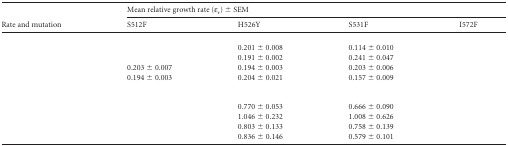
<table><thead><tr><td rowspan="2"><b>Rate and mutation</b></td><td colspan="4"><b>Mean relative growth rate (ε<sub>r</sub>) ± SEM</b></td></tr><tr><td><b>S512F</b></td><td><b>H526Y</b></td><td><b>S531F</b></td><td><b>I572F</b></td></tr></thead><tbody><tr><td>[EMPTY_CELL]</td><td>[EMPTY_CELL]</td><td>[EMPTY_CELL]</td><td>[EMPTY_CELL]</td><td>[EMPTY_CELL]</td></tr><tr><td>[EMPTY_CELL]</td><td>[EMPTY_CELL]</td><td>0.201 ± 0.008</td><td>0.114 ± 0.010</td><td>[EMPTY_CELL]</td></tr><tr><td>[EMPTY_CELL]</td><td>[EMPTY_CELL]</td><td>0.191 ± 0.002</td><td>0.241 ± 0.047</td><td>[EMPTY_CELL]</td></tr><tr><td>[EMPTY_CELL]</td><td>0.203 ± 0.007</td><td>0.194 ± 0.003</td><td>0.203 ± 0.006</td><td>[EMPTY_CELL]</td></tr><tr><td>[EMPTY_CELL]</td><td>0.194 ± 0.003</td><td>0.204 ± 0.021</td><td>0.157 ± 0.009</td><td>[EMPTY_CELL]</td></tr><tr><td>[EMPTY_CELL]</td><td>[EMPTY_CELL]</td><td>[EMPTY_CELL]</td><td>[EMPTY_CELL]</td><td>[EMPTY_CELL]</td></tr><tr><td>[EMPTY_CELL]</td><td>[EMPTY_CELL]</td><td>0.770 ± 0.053</td><td>0.666 ± 0.090</td><td>[EMPTY_CELL]</td></tr><tr><td>[EMPTY_CELL]</td><td>[EMPTY_CELL]</td><td>1.046 ± 0.232</td><td>1.008 ± 0.626</td><td>[EMPTY_CELL]</td></tr><tr><td>[EMPTY_CELL]</td><td>[EMPTY_CELL]</td><td>0.803 ± 0.133</td><td>0.758 ± 0.139</td><td>[EMPTY_CELL]</td></tr><tr><td>[EMPTY_CELL]</td><td>[EMPTY_CELL]</td><td>0.836 ± 0.146</td><td>0.579 ± 0.101</td><td>[EMPTY_CELL]</td></tr></tbody></table>